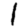
Digit: 1